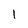
Character: I